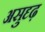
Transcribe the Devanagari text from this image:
असुदृढ़